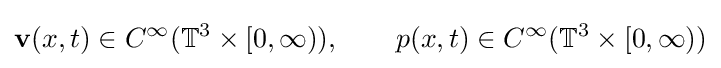
\mathbf {v} (x,t)\in C^{\infty }(\mathbb {T} ^{3}\times [0,\infty )),\qquad p(x,t)\in C^{\infty }(\mathbb {T} ^{3}\times [0,\infty ))